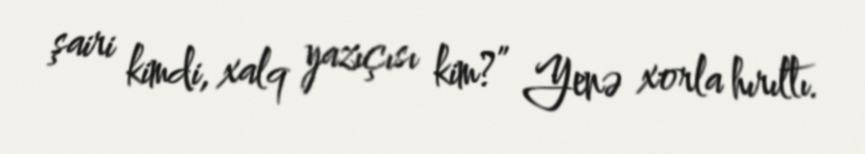
şairi kimdi, xalq yazıçısı kim?” Yenə xorla hırıltı.